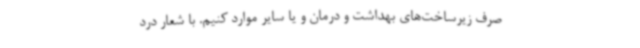
صرف زیرساخت‌های بهداشت و درمان و یا سایر موارد کنیم. با شعار درد